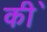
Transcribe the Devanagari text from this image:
की॑